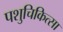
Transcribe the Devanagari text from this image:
पशुचिकित्‍सा